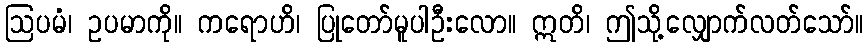
ဩပမံ၊ ဥပမာကို။ ကရောဟိ၊ ပြုတော်မူပါဦးလော။ ဣတိ၊ ဤသို့လျှောက်လတ်သော်။